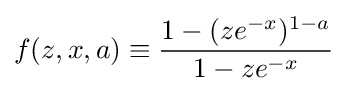
f(z,x,a)\equiv {\frac {1-(ze^{-x})^{1-a}}{1-ze^{-x}}}